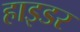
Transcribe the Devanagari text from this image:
हाइडर